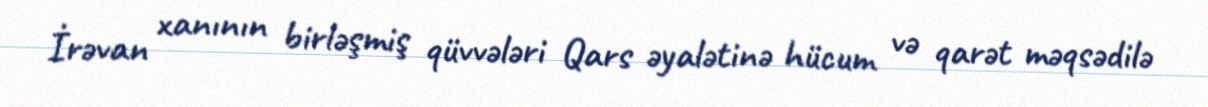
İrəvan xanının birləşmiş qüvvələri Qars əyalətinə hücum və qarət məqsədilə